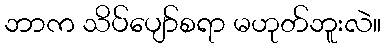
ဘာက သိပ်ပျော်စရာ မဟုတ်ဘူးလဲ။